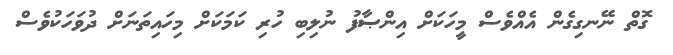
ގޮތް ނޭނގިގެން އެއްވެސް މީހަކަށް އިންޞާފު ނުލިބި ހުރި ކަމަކަށް މިހައިތަނަށް ދުވަހަކުވެސް